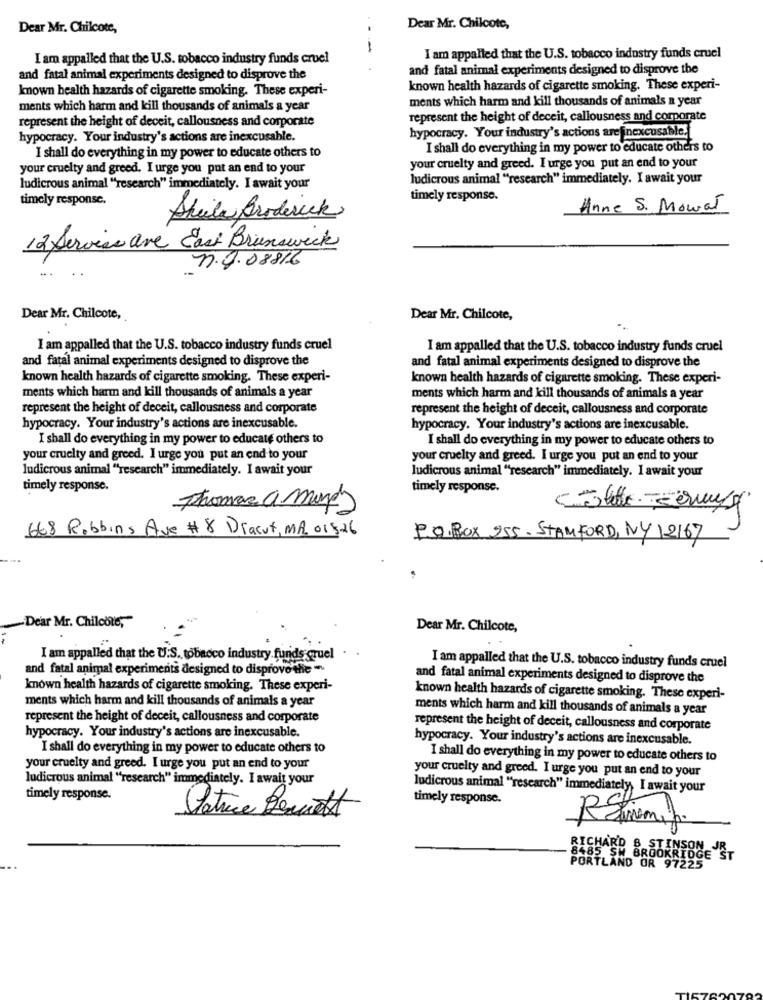
Dear Mr. Chilcote,
Dear Mr. Chilcote,
I am appalled that the U.S. tobacco industry funds cruel
I am appalled that the U.S. tobacco industry funds cruel
and fatal animal experiments designed to disprove the
and fatal animal experiments designed to disprove the
known health hazards of cigarette smoking. These experi-
known health hazards of cigarette smoking. These experi-
ments which harm and kill thousands of animals a year
ments which harm and kill thousands of animals a year
represent the height of deceit, callousness and corporate
represent the height of deceit, callousness and corporate
hypocracy. Your industry's actions are inexcusable.
hypocracy. Your industry's actions are inexcusable.
I shall do everything in my power to educate others to
I shall do everything in my power to educate others to
your cruelty and greed. I urge you put an end to your
your cruelty and greed. I urge you put an end to your
ludicrous animal "research" immediately. I await your
ludicrous animal "research" immediately. I await your
timely response.
timely response.
Anne S. Mourat
Sheila Broderick
12 Servies are East Brunswick
n.g. 08816
Dear Mr. Chilcote,
Dear Mr. Chilcote,
I am appalled that the U.S. tobacco industry funds cruel
I am appalled that the U.S. tobacco industry funds cruel
and fatal animal experiments designed to disprove the
and fatal animal experiments designed to disprove the
known health hazards of cigarette smoking. These experi-
known health hazards of cigarette smoking. These experi-
ments which harm and kill thousands of animals a year
ments which harm and kill thousands of animals a year
represent the height of deceit, callousness and corporate
represent the height of deceit, callousness and corporate
hypocracy. Your industry's actions are inexcusable.
hypocracy. Your industry's actions are inexcusable.
I shall do everything in my power to educate others to
I shall do everything in my power to educate others to
your cruelty and greed. I urge you put an end to your
your cruelty and greed. I urge you put an end to your
ludicrous animal ""research" immediately. I await your
ludicrous animal ""research" immediately. I await your
timely response.
timely response.
Thomas a magas
668 Robbins Ave # 8 Dracut, MA 01826
P.O.BOX 955. STAMFORD, NY 12167
-Dear Mr. Chilcots,
Dear Mr. Chilcote,
I am appalled that the U.S. tobacco industry funds cruel
and fatal animal experiments designed to disprove the *
I am appalled that the U.S. tobacco industry funds cruel
and fatal animal experiments designed to disprove the
known health hazards of cigarette smoking. These experi-
known health hazards of cigarette smoking. These experi-
ments which harm and kill thousands of animals a year
ments which harm and kill thousands of animals a year
represent the height of deceit, callousness and corporate
represent the height of deceit, callousness and corporate
hypocracy. Your industry's actions are inexcusable.
hypocracy. Your industry's actions are inexcusable.
I shall do everything in my power to educate others to
I shall do everything in my power to educate others to
your cruelty and greed. I urge you put an end to your
your cruelty and greed. I urge you put an end to your
ludicrous animal "research" immediately. I await your
ludicrous animal "research" immediately, I await your
timely response.
timely response.
Patrice Bennett
Rdiemig.
RICHARD 8 STINSON JR
8485 SW BROOKRIDGE ST
PORTLAND OR 97225